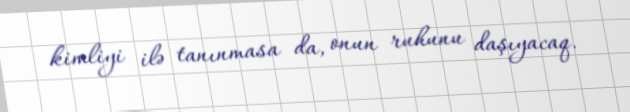
kimliyi ilə tanınmasa da, onun ruhunu daşıyacaq.